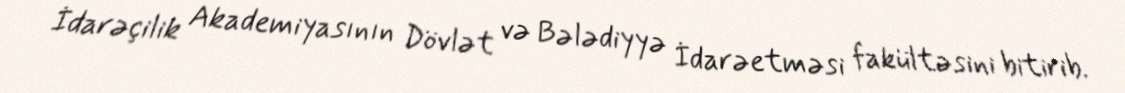
İdarəçilik Akademiyasının Dövlət və Bələdiyyə İdarəetməsi fakültəsini bitirib.